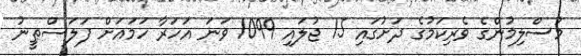
މުސްލިމުންގެ ވެރިކަމުގެ ދަށުގައި 15 ޖުލައި 1099 ވަނަ އަހަރާ ހަމައަށް ފަލަސްޠީނު